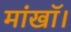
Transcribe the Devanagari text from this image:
मांखॉ।